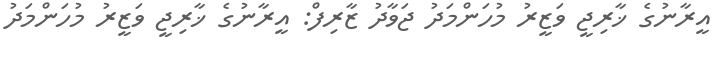
އީރާނުގެ ޚާރިޖީ ވަޒީރު މުހަންމަދު ޖަވާދު ޒާރިފް: އީރާނުގެ ޚާރިޖީ ވަޒީރު މުހަންމަދު